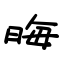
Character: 晦